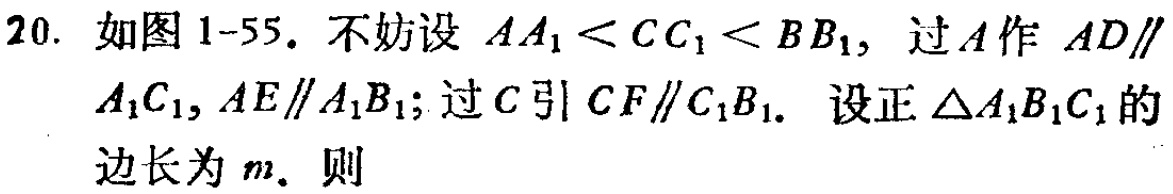
20. 如图1-55. 不妨设 \(AA_1 < CC_1 < BB_1\)，过 \(A\) 作 \(AD\parallel\)
\(A_1C_1,AE\parallel A_1B_1\); 过 \(C\) 引 \(CF\parallel C_1B_1\). 设正 \(\triangle A_1B_1C_1\) 的
边长为 \(m\). 则